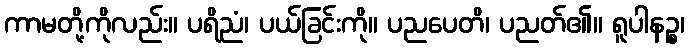
ကာမတို့ကိုလည်း။ ပရိညံ၊ ပယ်ခြင်းကို။ ပညပေတိ၊ ပညတ်၏။ ရူပါနဉ္စ၊